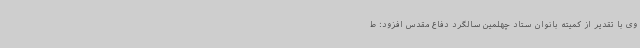
وی با تقدیر از کمیته بانوان ستاد چهلمین سالگرد دفاع مقدس افزود: ط